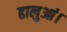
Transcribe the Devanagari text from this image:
ढालुआं।